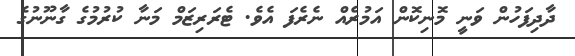
ދާދިފަހުން ވަނީ މޮނިކޮން އަމުރެއް ނެރެފަ އެވެ. ޓެރަރިޒަމް މަނާ ކުރުމުގެ ގާނޫނުގެ